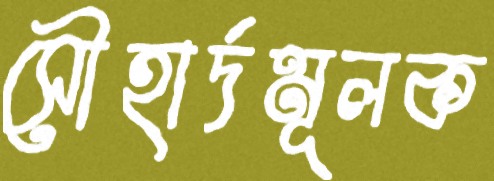
সৌহার্দমূলক